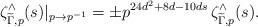
LaTeX: \begin{align*} \zeta^{\wedge}_{\widetilde{\Gamma},p}(s) \vert_{p\to p^{-1}} = \pm p^{24d^2+8d-10ds}\, \zeta^{\wedge}_{\widetilde{\Gamma},p}(s). \end{align*}